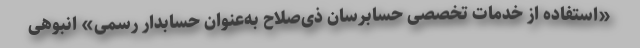
«استفاده از خدمات تخصصی حسابرسان ذی‌صلاح به‌عنوان حسابدار رسمی» انبوهی